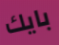
بايك